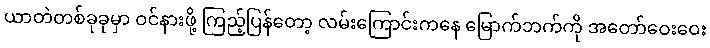
ယာတဲတစ်ခုခုမှာ ဝင်နားဖို့ ကြည့်ပြန်တော့ လမ်းကြောင်းကနေ မြောက်ဘက်ကို အတော်ဝေးဝေး